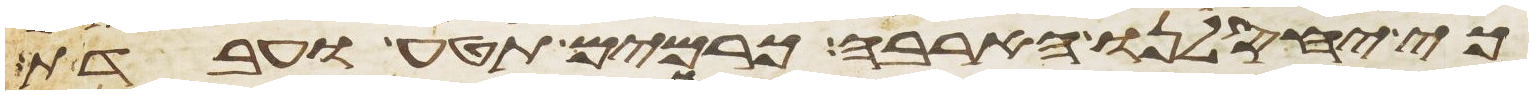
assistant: כי יחסלנו הארבה כרמים תטע ועבדת